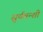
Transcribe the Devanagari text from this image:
सुर्यवन्शी